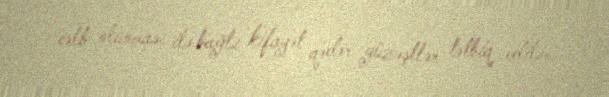
cəlb olunması ilə bağlı kifayət qədər güzəştlər tətbiq edilir.